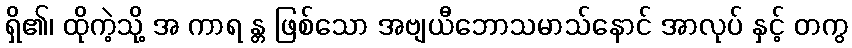
ရှိ၏၊ ထိုကဲ့သို့ အ ကာရ န္တ ဖြစ်သော အဗျယီဘောသမာသ်နောင် အာလုပ် နှင့် တကွ